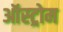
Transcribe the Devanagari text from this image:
ऑस्ट्रोम